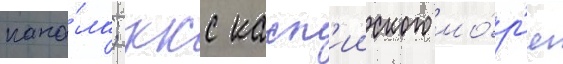
кана́ла; ккс касп'ииского мо́р'я